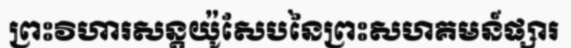
ព្រះវិហារសន្តយ៉ូសែបនៃព្រះសហគមន៍ផ្សារ